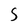
Character: S